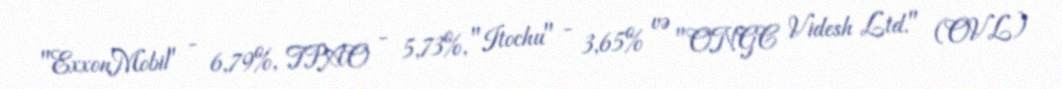
"ExxonMobil" - 6,79%, TPAO - 5,73%, "Itochu" - 3,65% və "ONGC Videsh Ltd." (OVL)